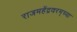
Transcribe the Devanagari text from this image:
राजमहेंद्रवरम्‌च्या